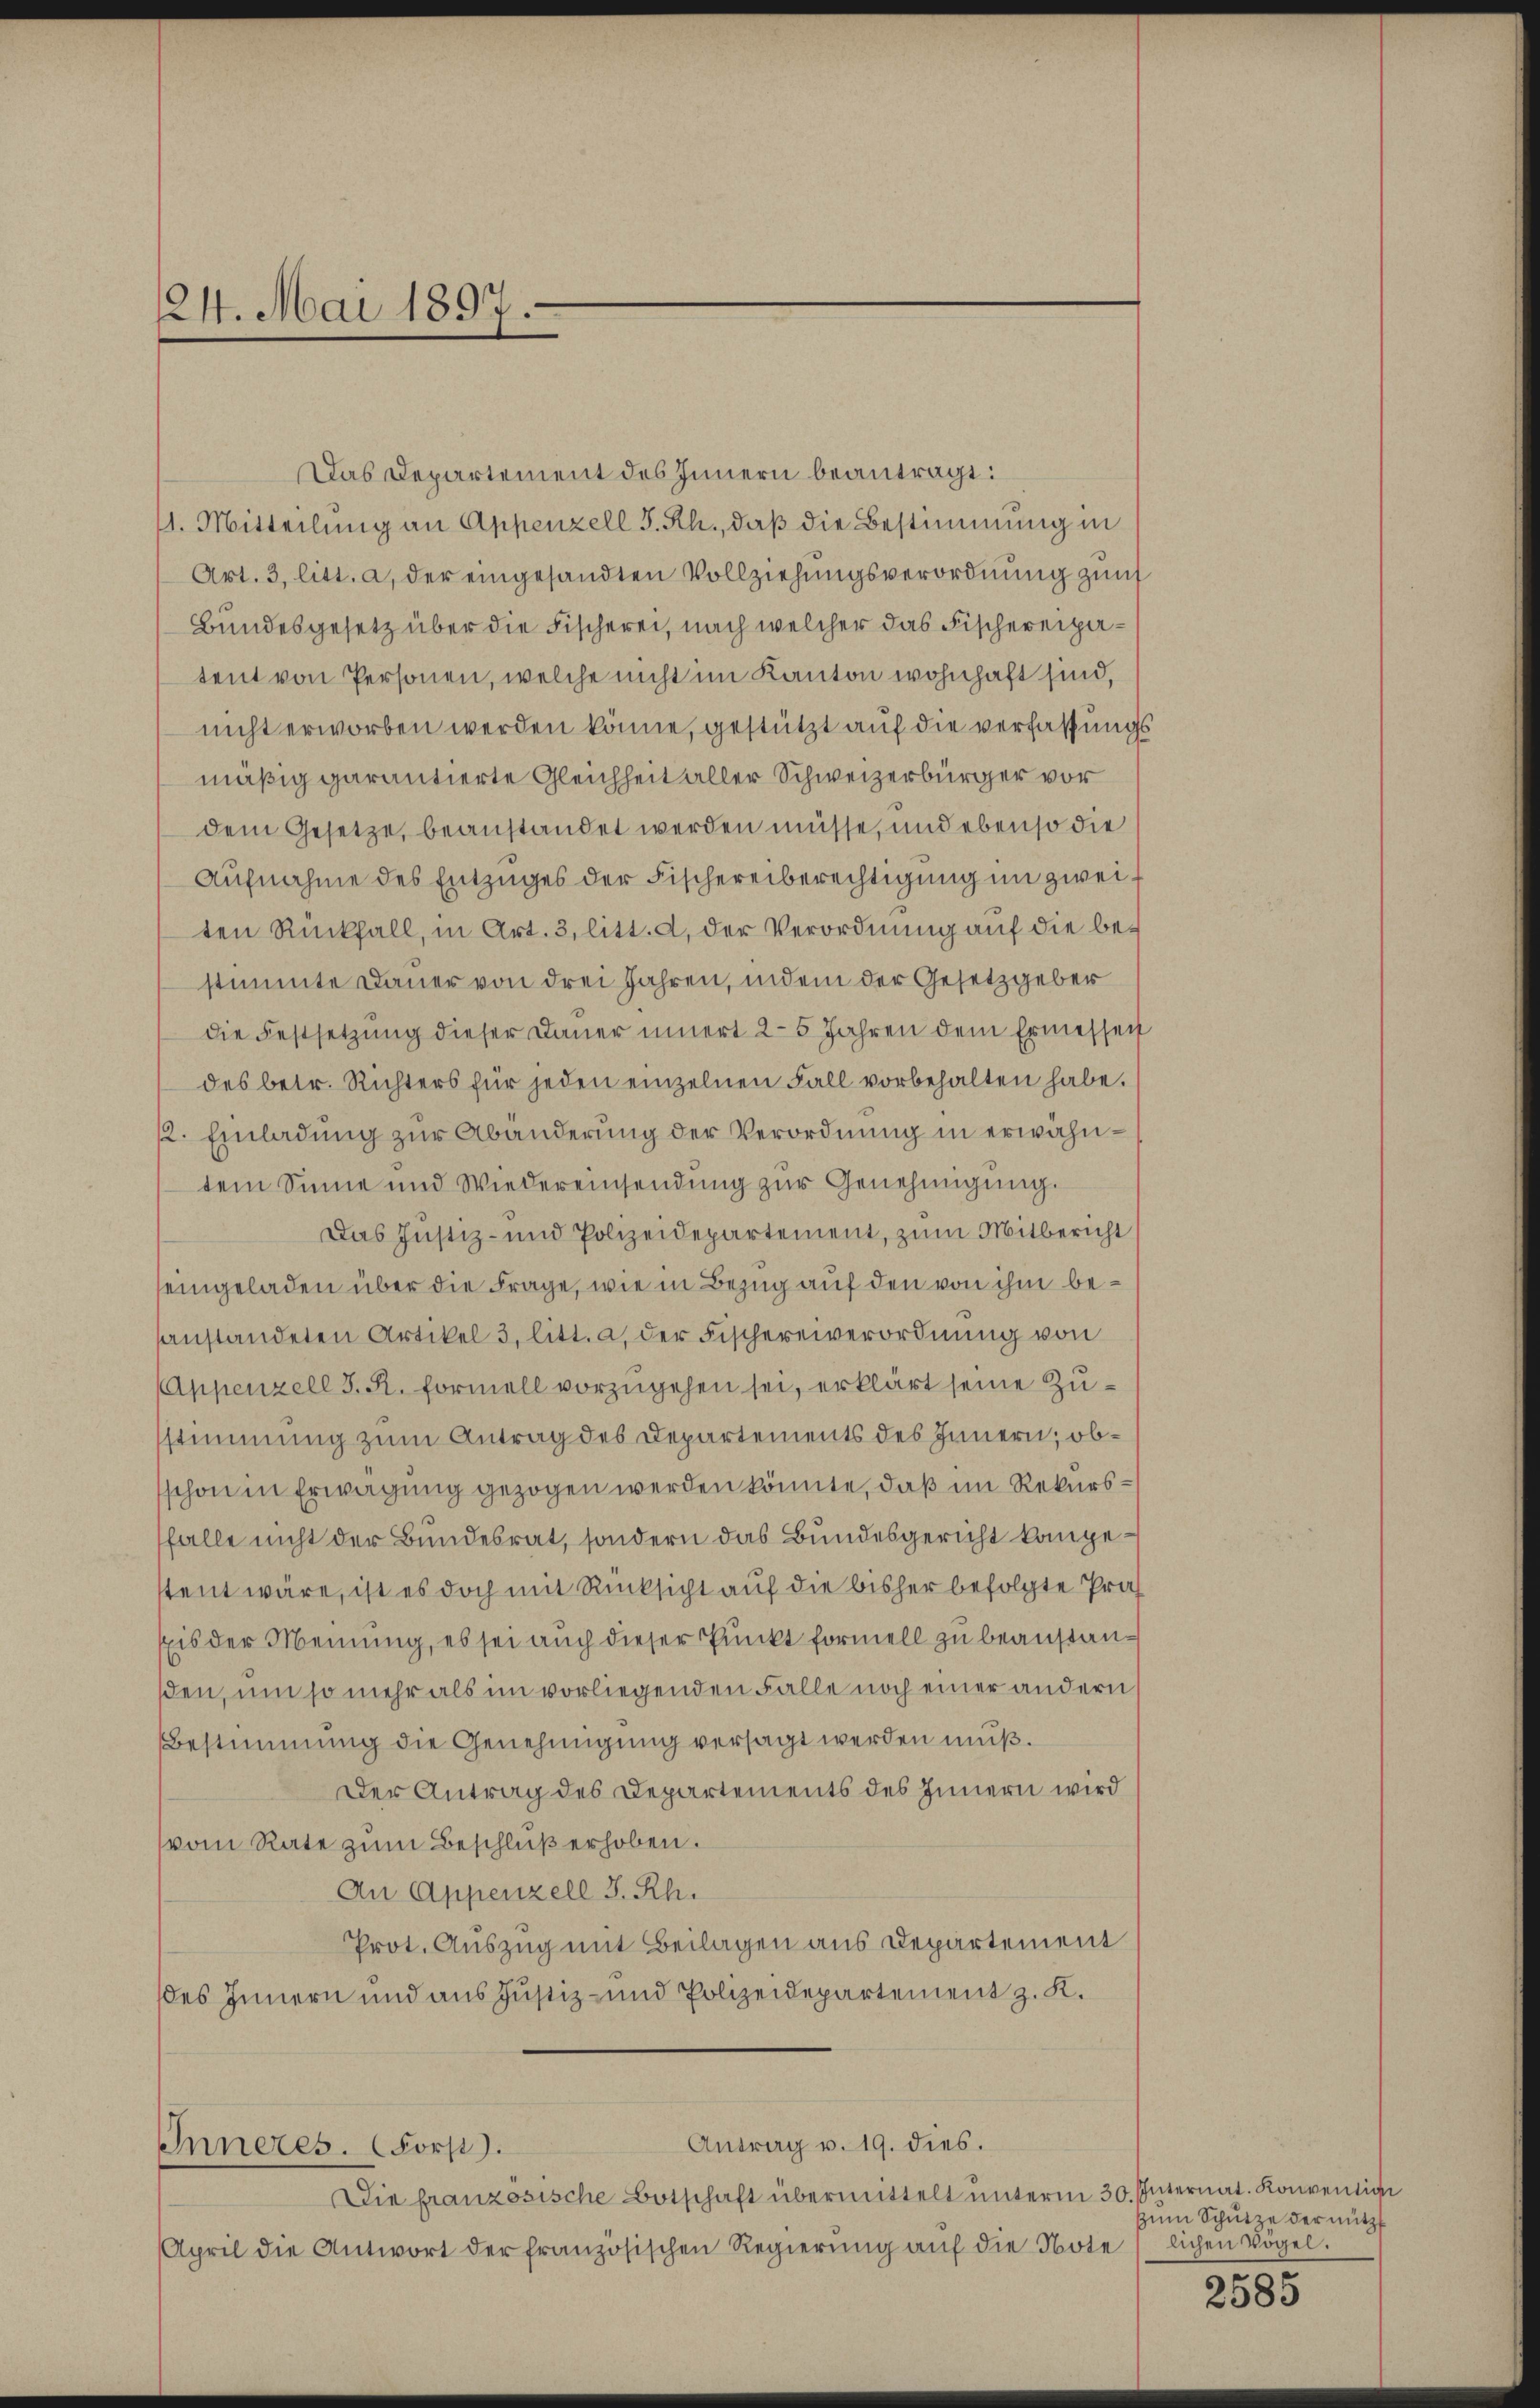
24. Mai 1897.

Inneres. (Forp).

Das Departement des Innern beantragt:
11. Mitteilung an Appenzell S. Rh., daß die Bestimmung in
Art. 3, litt. a, der eingesandten Vollziehungsverordnung zum
Bundesgesetz über die Fischerei, nach welcher das Fischereipatent von Personen, welche nicht im Kanton wohnhaft sind,
nicht erworben werden könne, gestützt auf die verfassungs
mäßig garantierte Gleichheit aller Schweizerbürger vor
dem Gesetze, beanstandet werden müsse, und ebenso die
Aufnahme des Entzuges der Fischereiberechtigung im zweiten Rückfall, in Art. 3, litt. d, der Verordnung auf die bestimmte Dauer von drei Jahren, indem der Gesetzgeber
die Festsetzŭng dieser Dauer innert 25 Jahren dem Ermessen
des betr. Richters für jeden einzelnen Fall vorbehalten habe.
2. Einladung zur Abänderung der Verordnung in erwähntem Sinne und Wiedereinsendŭng zŭr Genehmigŭng.
Das Justiz- und Polizeidepartement, zum Mitbericht
eingeladen über die Frage, wie in Bezug auf den von ihm besanstandeten Artikel 3 litt. a, der Fischereiverordnung von
Appenzell I. R. Formell vorzugehen sei, erklärt seine Zusstimmung zum Antrag des Departements des Innern, obschon in Erwägung gezogen werden könnte, daß im Rekursfalle nicht der Bundesrat, sondern das Bundesgericht kompestent wäre, ist es doch mit Rücksicht auf die bisher befolgte Präs
Eis der Meinung, es sei auch dieser Punkt formell zu beanstansden, um so mehr als im vorliegenden Falle noch einer andern
Bestimmung die Genehmigung versagt werden muß.
Der Antrag des Departements des Innern wird
vom Rate zŭm Beschluß erhoben.
An Appenzell I. Rh.
Prot. Auszug mit Beilagen aus Departement
des Innern und aus Justiz- und Polizeidepartement z. K.

Antrag v. 19. dies.

Die französische Botschaft übermittelt unterm 30. Internat. Konventige
April die Antwort der französischen Regierŭng aŭf die Note (lichen Vögel.

zum Schütze der nützt

2585